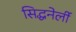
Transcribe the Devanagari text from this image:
सिद्धनेर्ली